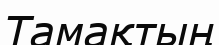
Тамақтың